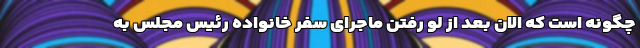
چگونه است که الان بعد از لو رفتن ماجرای سفر خانواده رئیس مجلس به